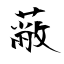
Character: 蔽